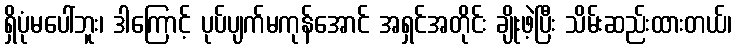
ရှိပုံမပေါ်ဘူး၊ ဒါကြောင့် ပုပ်ပျက်မကုန်အောင် အရှင်အတိုင်း ချိုးဖဲ့ပြီး သိမ်းဆည်းထားတယ်၊